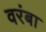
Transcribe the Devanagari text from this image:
वरंबा